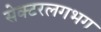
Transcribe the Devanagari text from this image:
सेक्टरलगभग